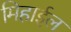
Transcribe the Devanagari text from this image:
मिहाईल